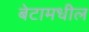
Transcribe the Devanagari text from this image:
बेटामधील